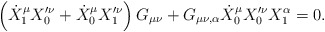
\begin{align*}\left(\dot{X}_{1}^{\mu} X_{0}'^{\nu} + \dot{X}_{0}^{\mu} X_{1}'^{\nu}\right) G_{\mu \nu} + G_{\mu \nu, \alpha} \dot{X}_{0}^{\mu}X_{0}'^{\nu}X_{1}^{\alpha}=0.\end{align*}